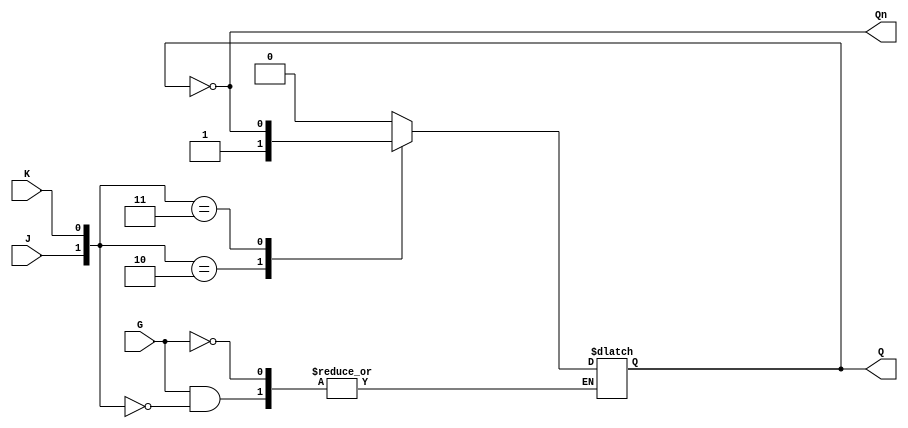
module GatedJKLatch (
    input wire J,    // Set input
    input wire K,    // Reset input
    input wire G,    // Gate input (active high)
    output reg Q,    // Current state output
    output wire Qn   // Inverted state output
);

    assign Qn = ~Q; // Q' output

    always @(G or J or K or Q) begin
        if (G) begin
            case ({J, K})  // Concatenation of J and K
                2'b00: Q <= Q;       // No change
                2'b01: Q <= 0;       // Reset
                2'b10: Q <= 1;       // Set
                2'b11: Q <= ~Q;      // Toggle
                default: Q <= Q;     // Hold state
            endcase
        end
        // If G is low, Q retains its value (do nothing)
    end

endmodule